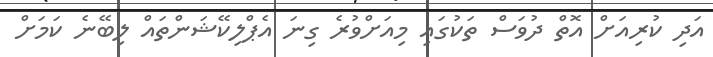
އަދި ކުރިއަށް އޮތް ދުވަސް ތަކުގައި މިއަށްވުރެ ގިނަ އެޕްލިކޭޝަންތައް ލިބޭނެ ކަަމަށް